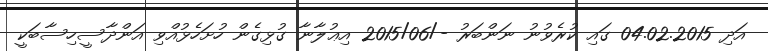
އަދި 04.02.2015 ގައި ކުރެވުނު ނަންބަރު -/2015/06 އިޢުލާނާ ގުޅިގެން ހުށަހެޅުއްވި އަންދާސީހިސާބަކީ